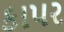
કાપર